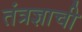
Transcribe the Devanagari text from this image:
तंत्रज्ञाची